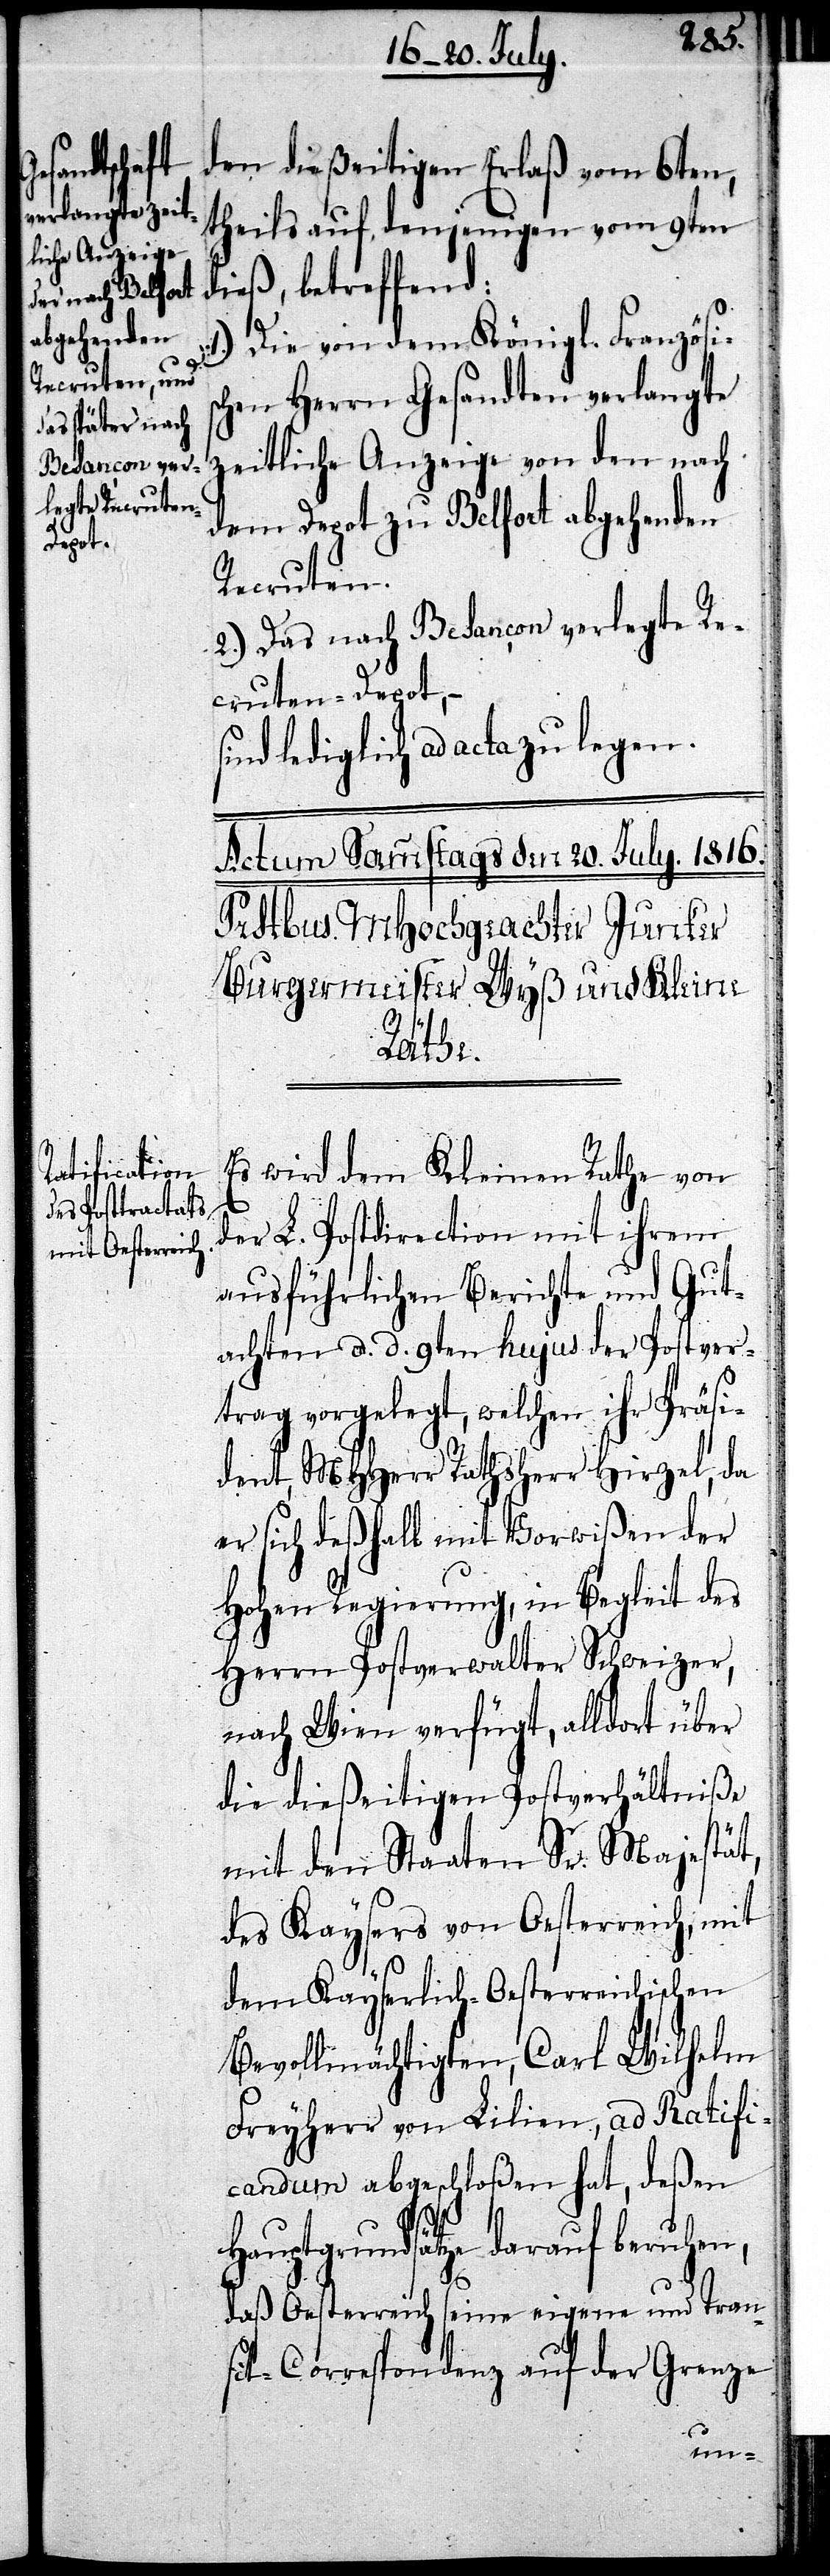
den dießeitigen Erlaß vom 6ten,
theils auf denjenigen vom 9ten
dieß, betreffend:
1.) Die von dem Königl. Französis¬
chen Herrn Gesandten verlangte
zeitliche Anzeige von den nach
dem Depot zu Belfort abgehenden
Recruten.
2.) Das nach Besançon verlegte Re¬
cruten-Depot, –
ind lediglich ad acta zu legen.
Es wird dem Kleinen Rathe von
der L. Postdirection mit ihrem
ausführlichen Berichte und Gut¬
achten d. d. 9ten hujus der Postver¬
trag vorgelegt, welchen ihr Präsi¬
dent, MHHerr Rathsherr Hirzel, da
er sich deßhalb mit Vorwißen der
Hohen Regierung, in Begleit des
Herrn Postverwalter Schweizer,
nach Wien verfügt, alldort über
die dießeitigen Postverhältniße
mit den Staaten Sr. Majestät,
des Kaysers von Oesterreich, mit
dem Kayserlich-Oesterreichischen
Bevollmächtigten, Carl Wilhelm
Freyherr von Lilien, ad Ratifi¬
candum abgeschloßen hat, deßen
Hauptgrundsätze darauf beruhen,
s¬
daß Osterreich seine eigene und Tran¬
sit-Correspondenz auf der Grenze